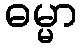
ဓမ္မာ